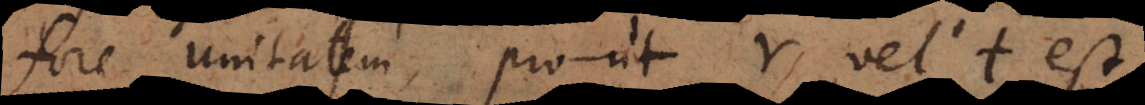
ore unitatem, prout r, vel t est